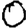
Digit: 0